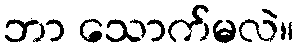
ဘာ သောက်မလဲ။